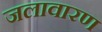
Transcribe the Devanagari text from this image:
जलावारण